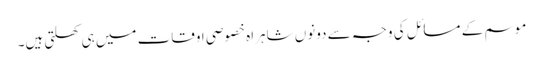
موسم کے مسائل کی وجہ سے دونوں شاہراہ خصوصی اوقات میں ہی کھلتی ہیں۔